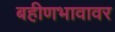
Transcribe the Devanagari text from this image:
बहीणभावावर